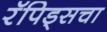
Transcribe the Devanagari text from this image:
रॅपिड्सचा